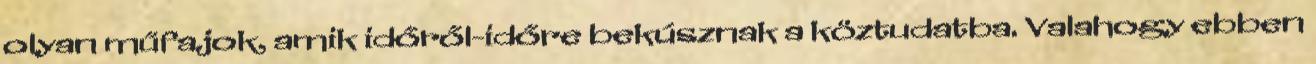
olyan műfajok, amik időről-időre bekúsznak a köztudatba. Valahogy ebben